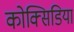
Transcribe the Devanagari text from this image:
कोक्सिडिया